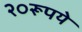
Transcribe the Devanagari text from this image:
२०रूपये